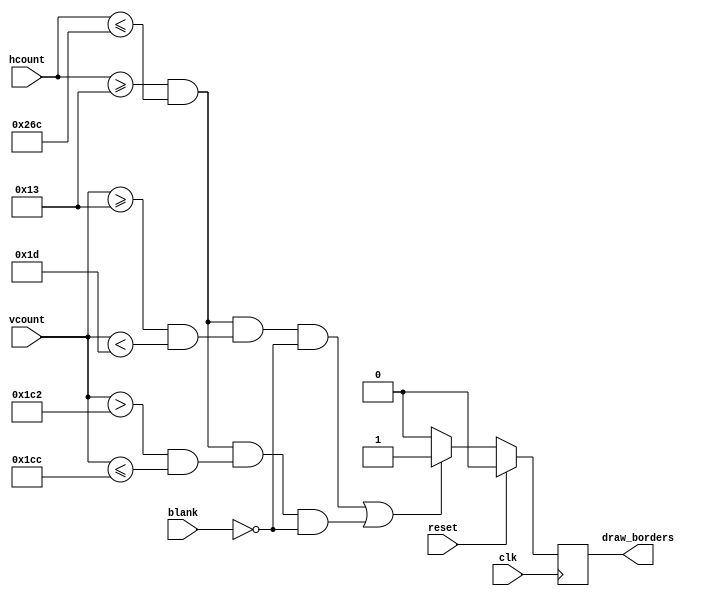
`timescale 1ns / 1ps
//////////////////////////////////////////////////////////////////////////////////
// Company: WPI, ECE
// Module Name: ball_ctrl
// Description: describes the position and the dimensions of the borders of the game field.
//////////////////////////////////////////////////////////////////////////////////

module borders_ctrl
    #(//dimensions of the game field
        parameter BORDER_WIDTH   = 4'd10,
        parameter X_LEFT_BORDER  = 10'd19,
        parameter X_RIGHT_BORDER = 10'd620,    
        parameter Y_UP_BORDER    = 10'd19,
        parameter Y_DOWN_BORDER  = 10'd460)
    (
        input clk,                  //clock
        input reset,                //reset
        input[10:0] hcount,         //count columns for the current pixel (even if not in visible area)
        input[10:0] vcount,         //count raws for the current pixel (even if not in visible area)
        input blank,                //active when pixel is not in visible area 
        output reg draw_borders     //draw borders enable
    );
    
    //draw the borders
    always@(posedge clk) begin
        //reset
        if(reset == 1'b1) begin
            draw_borders <= 1'b0;
        end
        else begin
            if(           
                //upper horizontal border
                (((hcount >= X_LEFT_BORDER) && (hcount <= X_RIGHT_BORDER)) &&
                ((vcount >= Y_UP_BORDER) && (vcount < Y_UP_BORDER + BORDER_WIDTH)) && blank == 1'b0) ||
                //bottom horizontal border
                (((hcount >= X_LEFT_BORDER) && (hcount <= X_RIGHT_BORDER)) &&
                ((vcount > Y_DOWN_BORDER - BORDER_WIDTH) && (vcount <= Y_DOWN_BORDER)) && blank == 1'b0)
               ) begin
                draw_borders <= 1'b1;
            end
            else begin
               draw_borders <= 1'b0;
            end
        end
    end
endmodule